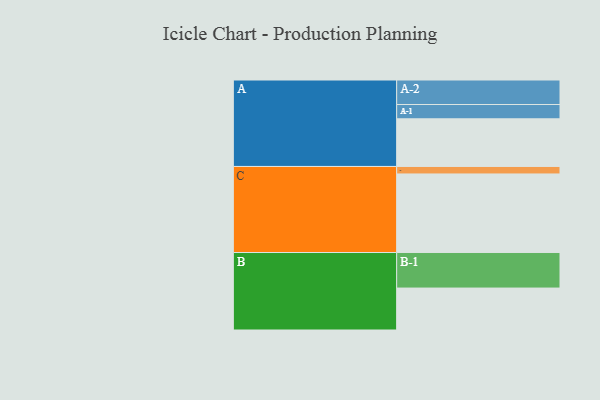
{"axis": {"x": "Segment", "y": "Value"}, "legend": ["", "A", "B", "C"], "data": [{"x": "A", "y": 350, "type": ""}, {"x": "B", "y": 308, "type": ""}, {"x": "C", "y": 577, "type": ""}, {"x": "A-1", "y": 105, "type": "A"}, {"x": "A-2", "y": 180, "type": "A"}, {"x": "B-1", "y": 261, "type": "B"}, {"x": "C-1", "y": 55, "type": "C"}]}